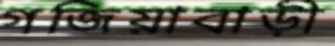
গজিয়াবাড়ী